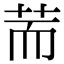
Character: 荋